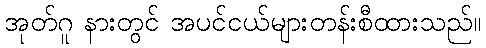
အုတ်ဂူ နားတွင် အပင်ငယ်များတန်းစီထားသည်။